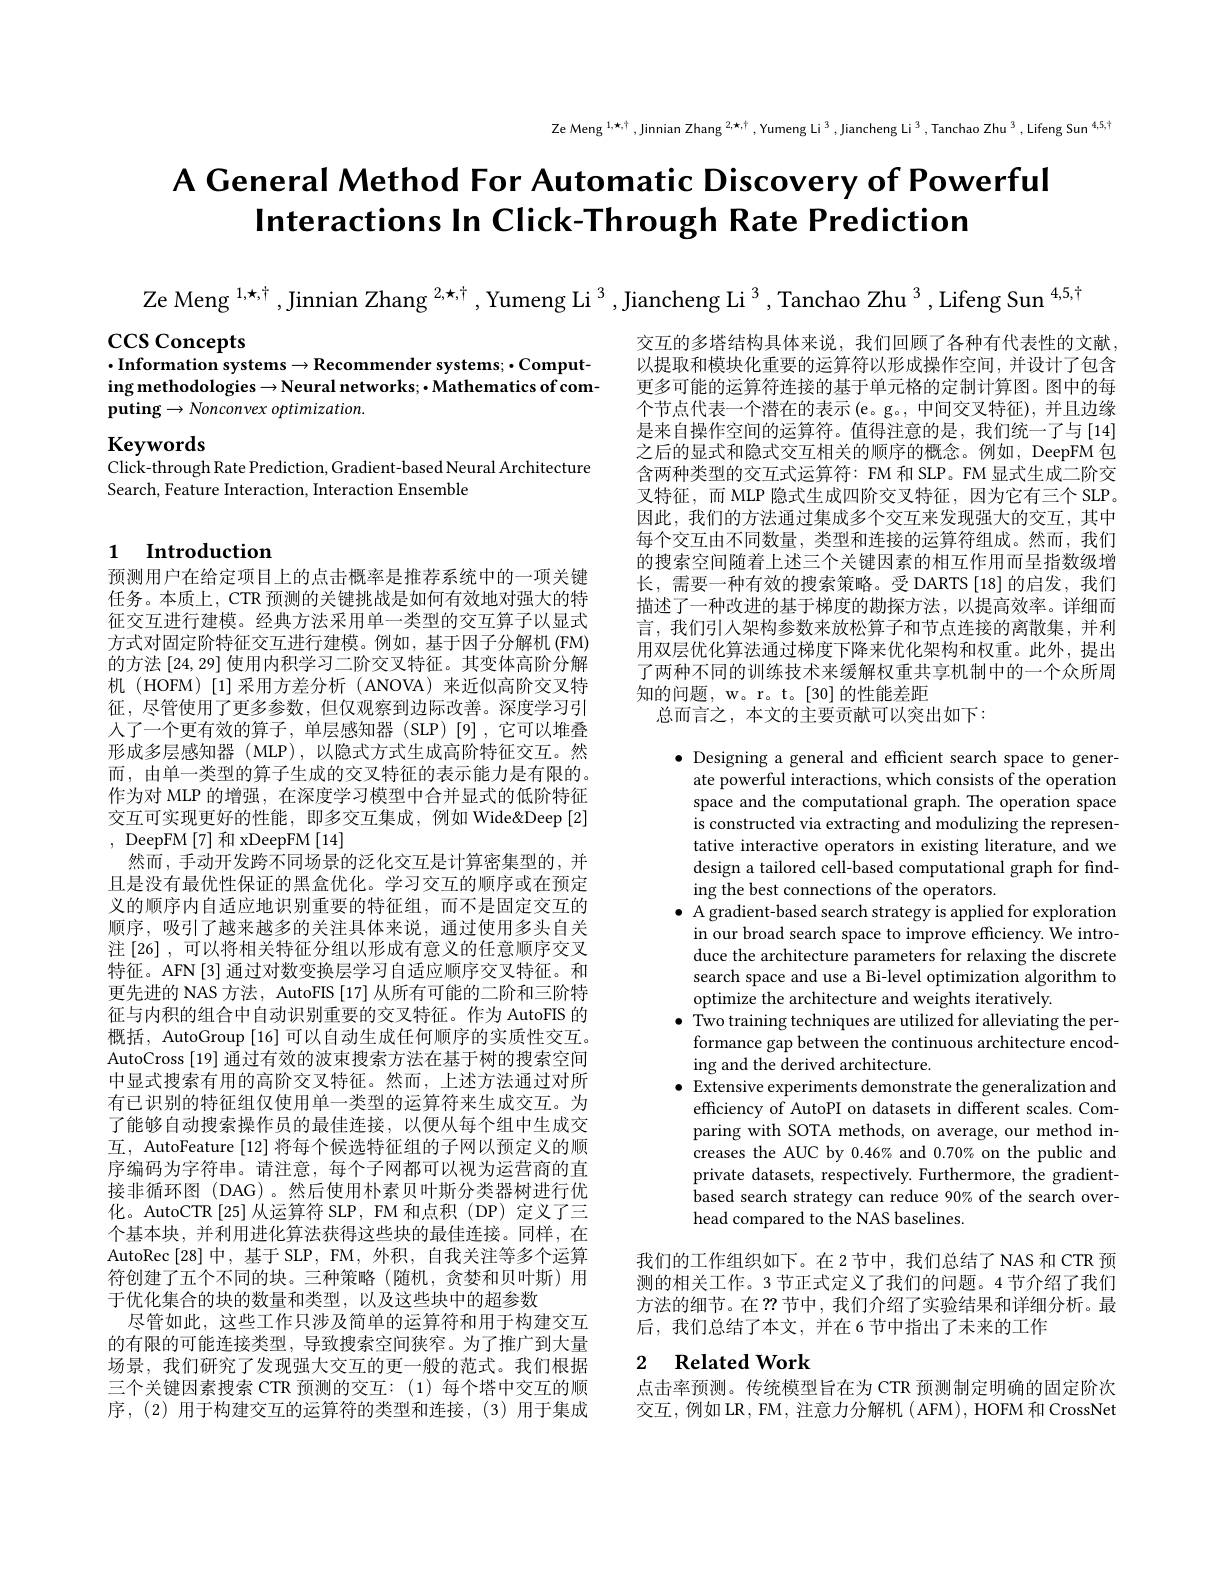
Ze Meng $^{1,\star,\dagger}$,Jinnian Zhang $^2,\star,\dagger,\text{Yumeng Li}^3$,Jiancheng Li$^3,\text{Tanchao Zhu}^3,\text{Lifeng Sun}^{4,5,\dagger}$

# A General Method For Automatic Discovery of Powerful Interactions In Click-Through Rate Prediction

Ze Meng $^{1,\star,\dagger}$ ,Jinnian Zhang $^{2,\star,\dagger}$ ,Yumeng Li $^{3}$ ,Jiancheng Li $^{3}$ ,Tanchao Zhu $^{3}$ ,Lifeng Sun$^{4,5,\dagger}$

$\csc$Concepts
$\cdot$Information systems$\to$Recommender systems;$\cdot$Computing methodologies → Neural networks; • Mathematics of computing$\to Nonconvex$ optimization.

Keywords
Click-through Rate Prediction, Gradient-based Neural Architecture
Search, Feature Interaction, Interaction Ensemble

交互的多塔结构具体来说，我们回顾了各种有代表性的文献以提取和模块化重要的运算符以形成操作空间，并设计了包含更多可能的运算符连接的基于单元格的定制计算图。图中的每个节点代表一个潜在的表示(e。g。,中间交叉特征),并且边缘是来自操作空间的运算符。值得注意的是，我们统一了与[14] 之后的显式和隐式交互相关的顺序的概念。例如，DeepFM 包含两种类型的交互式运算符：FM 和 SLP。FM 显式生成二阶交叉特征，而 MLP 隐式生成四阶交叉特征，因为它有三个 SLP。因此，我们的方法通过集成多个交互来发现强大的交互，其中每个交互由不同数量，类型和连接的运算符组成。然而，我们的搜索空间随着上述三个关键因素的相互作用而呈指数级增长，需要一种有效的搜索策略。受 DARTS [18] 的启发，我们描述了一种改进的基于梯度的勘探方法，以提高效率。详细而言，我们引人架构参数来放松算子和节点连接的离散集，并利用双层优化算法通过梯度下降来优化架构和权重。此外，提出了两种不同的训练技术来缓解权重共享机制中的一个众所周知的问题，w。r。t。[30]的性能差距
总而言之，本文的主要贡献可以突出如下：

# 1 Introduction

$\bullet$ Designing a general and efficient search space to generate powerful interactions, which consists of the operation space and the computational graph. The operation space is constructed via extracting and modulizing the representative interactive operators in existing literature, and we design a tailored cell-based computational graph for finding the best connections of the operators.
$\bullet$ A gradient-based search strategy is applied for exploration
in our broad search space to improve efficiency. We introduce the architecture parameters for relaxing the discrete search space and use a Bi-level optimization algorithm to optimize the architecture and weights iteratively.
$\bullet$ Two training techniques are utilized for alleviating the per-
formance gap between the continuous architecture encod-
ing and the derived architecture.
$\bullet$ Extensive experiments demonstrate the generalization and
efficiency of AutoPI on datasets in different scales. Comparing with SOTA methods, on average, our method increases the AUC by 0.46% and 0.70% on the public and private datasets, respectively. Furthermore, the gradient- ${\dot{\text{based search strategy can reduce 90\% of the search over-}}}$ head compared to the NAS baselines.

预测用户在给定项目上的点击概率是推荐系统中的一项关键任务。本质上，CTR 预测的关键挑战是如何有效地对强大的特征交互进行建模。经典方法采用单一类型的交互算子以显式方式对固定阶特征交互进行建模。例如，基于因子分解机 (FM) 的方法[24,29]使用内积学习二阶交叉特征。其变体高阶分解机 (HOFM)[1]采用方差分析 (ANOVA)来近似高阶交叉特征，尽管使用了更多参数，但仅观察到边际改善。深度学习引人了一个更有效的算子，单层感知器(SLP)[9],它可以堆叠形成多层感知器 (MLP),以隐式方式生成高阶特征交互。然而，由单一类型的算子生成的交叉特征的表示能力是有限的。作为对 MLP 的增强，在深度学习模型中合并显式的低阶特征交互可实现更好的性能，即多交互集成，例如 Wide&Deep [2] , DeepFM[7] 和 xDeepFM[14]
然而，手动开发跨不同场景的泛化交互是计算密集型的，并且是没有最优性保证的黑盒优化。学习交互的顺序或在预定义的顺序内自适应地识别重要的特征组，而不是固定交互的顺序，吸引了越来越多的关注具体来说，通过使用多头自关注[26],可以将相关特征分组以形成有意义的任意顺序交叉特征。AFN[3] 通过对数变换层学习自适应顺序交叉特征。和更先进的 NAS 方法，AutoFIS [17]从所有可能的二阶和三阶特征与内积的组合中自动识别重要的交叉特征。作为 AutoFIS 的概括，AutoGroup [16]可以自动生成任何顺序的实质性交互。AutoCross [19] 通过有效的波束搜索方法在基于树的搜索空间中显式搜索有用的高阶交叉特征。然而，上述方法通过对所有已识别的特征组仅使用单一类型的运算符来生成交互。为了能够自动搜索操作员的最佳连接，以便从每个组中生成交互，AutoFeature [12] 将每个候选特征组的子网以预定义的顺序编码为字符串。请注意，每个子网都可以视为运营商的直接非循环图(DAG)。然后使用朴素贝叶斯分类器树进行优化。AutoCTR [25] 从运算符 SLP, FM 和点积(DP) 定义了三个基本块，并利用进化算法获得这些块的最佳连接。同样，在AutoRec[28]中，基于SLP，FM, 外积，自我关注等多个运算符创建了五个不同的块。三种策略(随机，贪婪和贝叶斯)用于优化集合的块的数量和类型，以及这些块中的超参数
尽管如此，这些工作只涉及简单的运算符和用于构建交互的有限的可能连接类型，导致搜索空间狭窄。为了推广到大量场景，我们研究了发现强大交互的更一般的范式。我们根据三个关键因素搜索 CTR 预测的交互：(1)每个塔中交互的顺序，(2)用于构建交互的运算符的类型和连接，(3)用于集成

我们的工作组织如下。在2节中，我们总结了NAS 和 CTR 预测的相关工作。3节正式定义了我们的问题。4节介绍了我们方法的细节。在 ?? 节中，我们介绍了实验结果和详细分析。最后，我们总结了本文，并在6节中指出了未来的工作

## 2 Related Work

点击率预测。传统模型旨在为 CTR 预测制定明确的固定阶次交互，例如LR，FM, 注意力分解机 ( AFM), HOFM 和 CrossNet